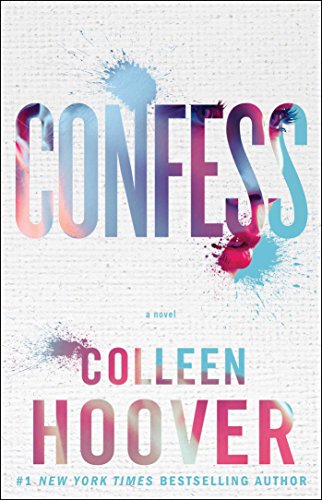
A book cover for Confess: A Novel; Colleen Hoover; Romance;